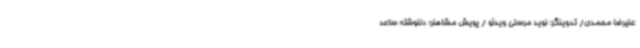
علیرضا محمدی/ تدوینگر: نوید مرسلی ویدئو / پویش مشاهنر؛ دلنوشته ساعد